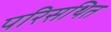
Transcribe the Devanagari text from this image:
परिसथित